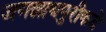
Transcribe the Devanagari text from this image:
जगन्नाथपुरीकडे